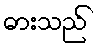
ဓားသည်